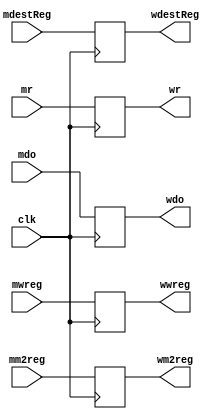
module MEMWBPipelineRegister (
    input clk,
    input mwreg,
    input mm2reg,
    input [4:0] mdestReg,
    input [31:0] mr,
    input [31:0] mdo,

    output reg wwreg,
    output reg wm2reg,
    output reg [4:0] wdestReg,
    output reg [31:0] wr,
    output reg [31:0] wdo
);
    
always @(posedge clk ) begin
    wwreg = mwreg;
    wm2reg = mm2reg;
    wdestReg = mdestReg;
    wr = mr;
    wdo = mdo;
end

endmodule